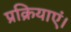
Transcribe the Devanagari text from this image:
प्रक्रियाएं।